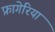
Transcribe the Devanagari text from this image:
फ्रागेरिया